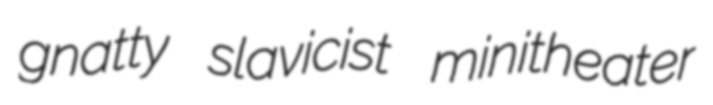
gnatty slavicist minitheater